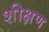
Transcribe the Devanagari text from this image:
शीक्षण